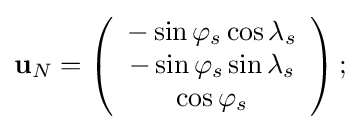
\mathbf {u} _{N}=\left({\begin{array}{c}-\sin \varphi _{s}\cos \lambda _{s}\\-\sin \varphi _{s}\sin \lambda _{s}\\\cos \varphi _{s}\end{array}}\right);